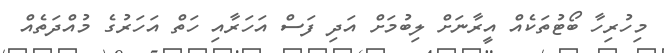
މިހުރިހާ ބޯޓުތަކެއް އީރާނަށް ލިބުމަށް އަދި ފަސް އަހަރާއި ހަތް އަހަރުގެ މުއްދަތެއް